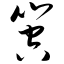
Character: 箜